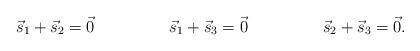
LaTeX: \begin{align*}\vec{s}_1 + \vec{s}_2 &= \vec{0} & \vec{s}_1 + \vec{s}_3 &= \vec{0} & \vec{s}_2 + \vec{s}_3 &= \vec{0}.\end{align*}